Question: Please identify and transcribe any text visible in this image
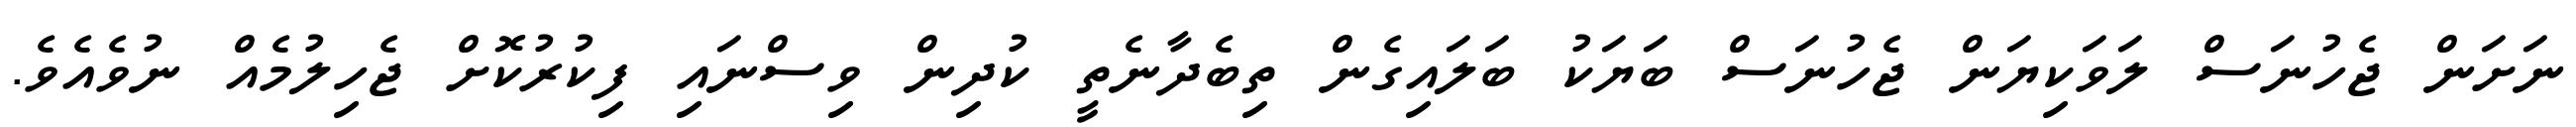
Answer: ނަށަން ޖެހުނަސް ލަވަކިޔަން ޖެހުނަސް ބަޔަކު ބަލައިގެން ތިބެދާނެތީ ކުދިން ވިސްނައި ފިކުރުކޮށް ޖެހިލުމެއް ނުވެއެވެ.